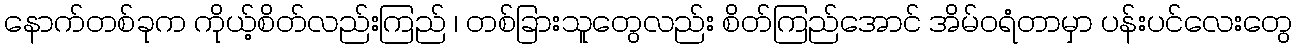
နောက်တစ်ခုက ကိုယ့်စိတ်လည်းကြည် ၊ တစ်ခြားသူတွေလည်း စိတ်ကြည်အောင် အိမ်ဝရံတာမှာ ပန်းပင်လေးတွေ